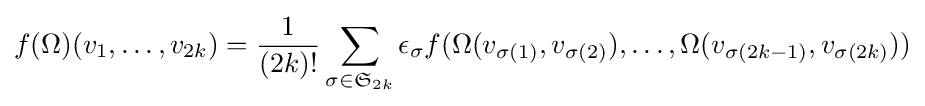
f(\Omega )(v_{1},\dots ,v_{2k})={\frac {1}{(2k)!}}\sum _{\sigma \in {\mathfrak {S}}_{2k}}\epsilon _{\sigma }f(\Omega (v_{\sigma (1)},v_{\sigma (2)}),\dots ,\Omega (v_{\sigma (2k-1)},v_{\sigma (2k)}))